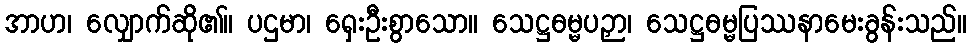
အာဟ၊ လျှောက်ဆို၏။ ပဌမာ၊ ရှေးဦးစွာသော။ သေဋ္ဌဓမ္မပဉှာ၊ သေဋ္ဌဓမ္မပြဿနာမေးခွန်းသည်။